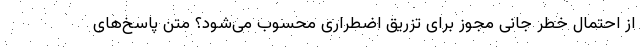
از احتمال خطر جانی مجوز برای تزریق اضطراری محسوب می‌شود؟ متن پاسخ‌های